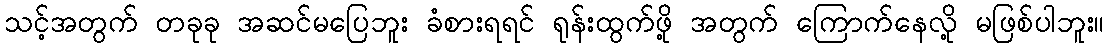
သင့်အတွက် တခုခု အဆင်မပြေဘူး ခံစားရရင် ရုန်းထွက်ဖို့ အတွက် ကြောက်နေလို့ မဖြစ်ပါဘူး။